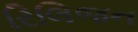
રિલિજન